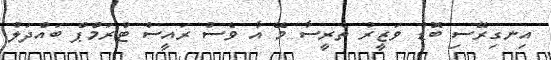
އިނގިރޭސި ބޮޑު ވަޒީރު ތެރީސާ މޭ އާ ވެސް ރައީސް ޓްރަމްޕް ބައްދަލު